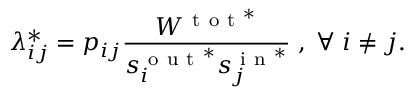
\lambda _ { i j } ^ { * } = p _ { i j } \frac { W ^ { \mathrm { ~ t ~ o ~ t ~ } ^ { * } } } { s _ { i } ^ { \mathrm { ~ o ~ u ~ t ~ } ^ { * } } s _ { j } ^ { \mathrm { ~ i ~ n ~ } ^ { * } } } \; , \; \forall \; i \neq j .